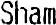
SHAM